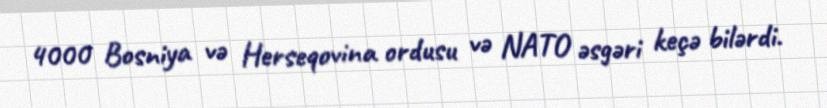
4000 Bosniya və Herseqovina ordusu və NATO əsgəri keçə bilərdi.